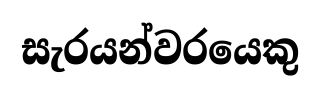
සැරයන්වරයෙකු